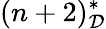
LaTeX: (n+2)_{\mathcal{D}}^{*}